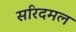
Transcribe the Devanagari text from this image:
सरिदमल